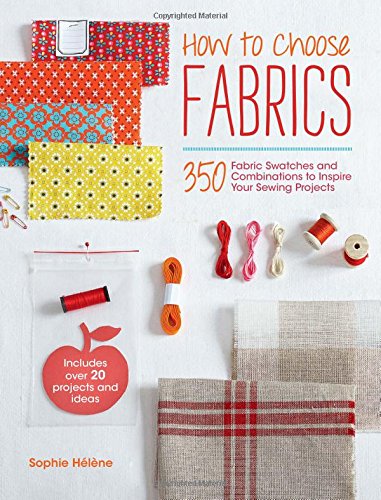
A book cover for How to Choose Fabrics: 350 Fabric Swatches and Combinations to Inspire Your Sewing Projects; Sophi Helene; Crafts, Hobbies & Home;